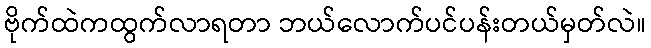
ဗိုက်ထဲကထွက်လာရတာ ဘယ်လောက်ပင်ပန်းတယ်မှတ်လဲ။